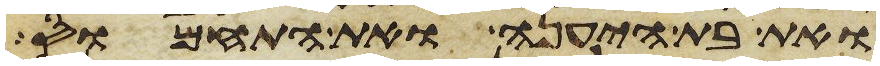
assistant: ואת בת היענה ואת התחמוס